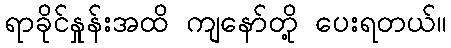
ရာခိုင်နှုန်းအထိ ကျနော်တို့ ပေးရတယ်။